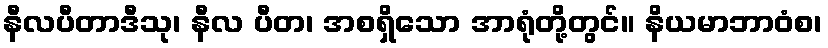
နီလပီတာဒီသု၊ နီလ ပီတ၊ အစရှိသော အာရုံတို့တွင်။ နိယမာဘာဝံစ၊